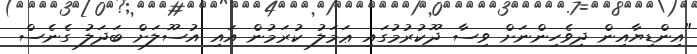
"އިންޑިޔާއިން ދިވެހިންނަށް ވިސާ ދޫކުރުމުގައި ޢަމަލު ކުރަމުން އައި އުސޫލަށް ބަދަލު ގެނެސް